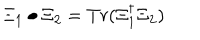
LaTeX: \Xi _ { 1 } \bullet \Xi _ { 2 } = T r ( \Xi _ { 1 } ^ { \dagger } \Xi _ { 2 } )